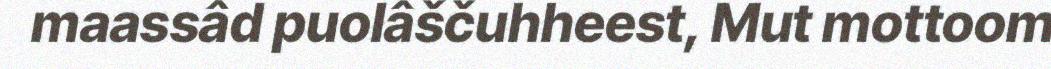
maassâd puolâščuhheest, Mut mottoom